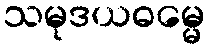
သမုဒယဓမ္မေ